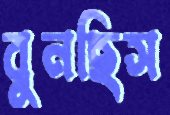
বুনছিস